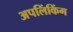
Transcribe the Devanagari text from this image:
अपलिंकिंग